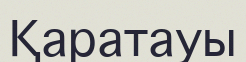
Қаратауы